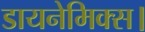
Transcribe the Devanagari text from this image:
डायनेमिक्स।